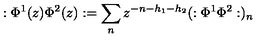
: \Phi ^ { 1 } ( z ) \Phi ^ { 2 } ( z ) : = \sum _ { n } z ^ { - n - h _ { 1 } - h _ { 2 } } ( : \Phi ^ { 1 } \Phi ^ { 2 } : ) _ { n }